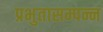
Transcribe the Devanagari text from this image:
प्रभुतासम्पन्न